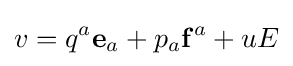
v=q^{a}\mathbf {e} _{a}+p_{a}\mathbf {f} ^{a}+uE